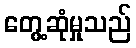
တွေ့ဆုံမှုသည်